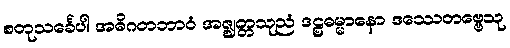
စတုသင်္ခေပါ အဓိဂတဘာဝံ အဇ္ဈတ္တသုညံ ဒဠှဓမ္မာနော ဒဿေတဗ္ဗေသု